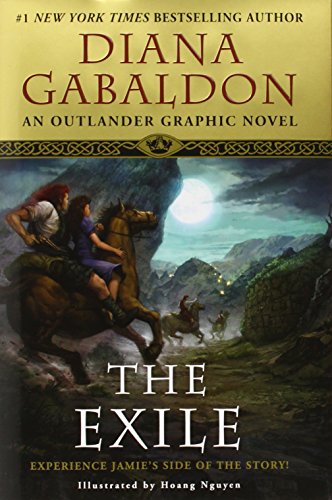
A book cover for The Exile: An Outlander Graphic Novel; Diana Gabaldon; Comics & Graphic Novels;